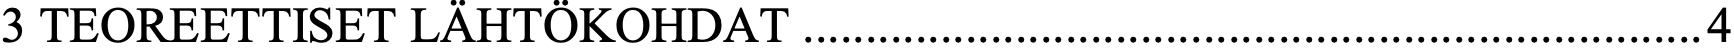
3 TEOREETTISET LÄHTÖKOHDAT ........................................................................ 4